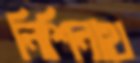
নিশিনাথ